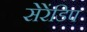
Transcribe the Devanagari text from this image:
सेरेंडिप